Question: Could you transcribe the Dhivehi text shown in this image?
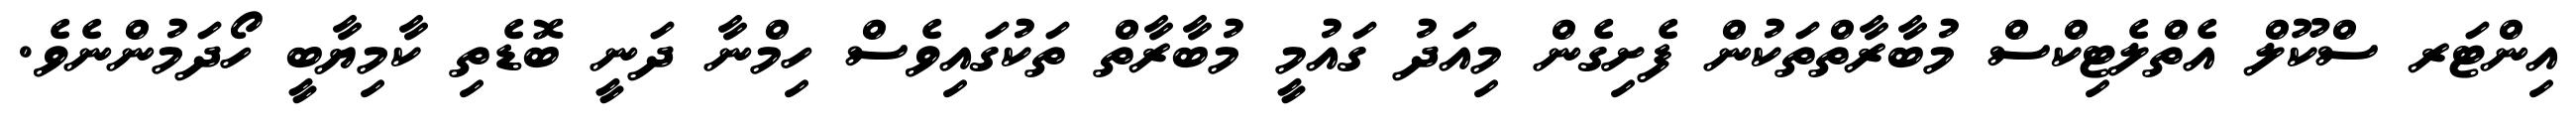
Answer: އިންޓަރ ސްކޫލް އެތްލެޓިކްސް މުބާރާތްތަކުން ފެށިގެން މިއަދު ގައުމީ މުބާރާތް ތަކުގައިވެސް ހިމްނާ ދަނީ ބޮޑެތި ކާމިޔާބީ ހޯދަމުންނެވެ.